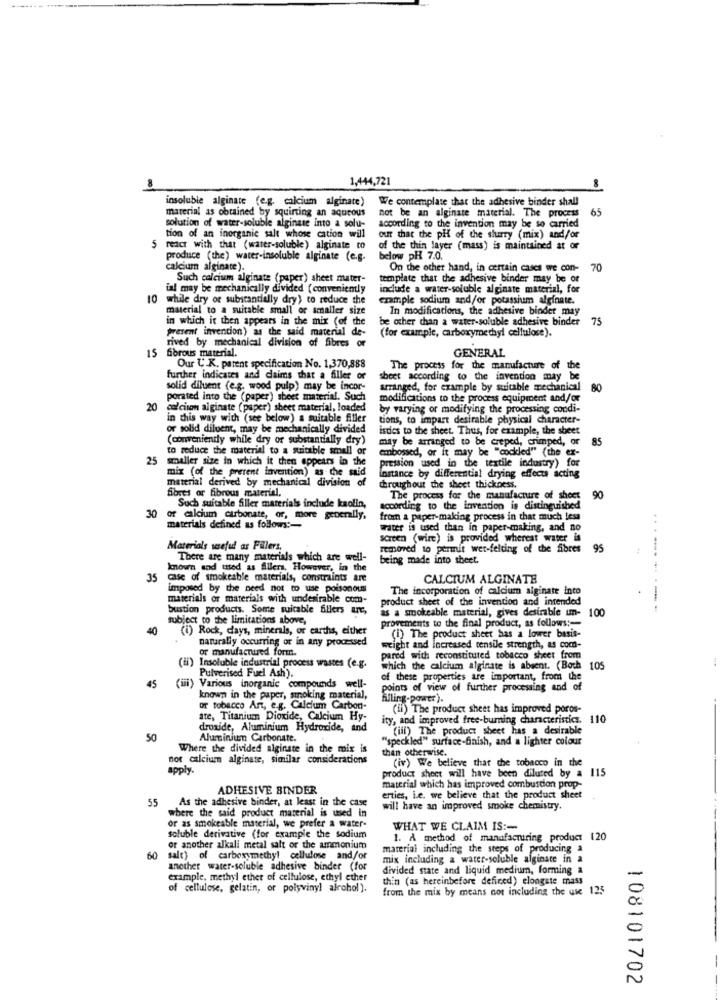
1,444,721
insoluble alginate (e.g. calcium alginate) We contemplate that the adhesive binder shall
material as obtained by squirting an aqueous
65
not be an alginate material. The process
solution of water-soluble alginate into a solu-
according to the invention may be so carried
tion of an inorganic salt whose cation will
our that the pH of the slurry (mix) and/or
5 react with that (water-soluble) alginate to
of the thin layer (mass) is maintained at or
produce (the) water-insoluble alginate (e.g.
below pH 7.0.
calcium alginate).
On the other hand, in certain cases we con-
70
Such calcium alginate (paper) sheet mater-
template that the adhesive binder may be of
ial may be mechanically divided (conveniently
include a water-soluble alginate material, for
10 while dry of substantially dry) to reduce the
example sodium and/or potassium alginate.
material to a suitable small or smaller size
In modifications, the adhesive binder may
in which it then appears in the mix (of the
be other than a water-soluble adhesive binder
75
present invention) as the said material de-
rived by mechanical division of fibres o
(for example, carboxymethyl cellulose).
15
fibrous material.
GENERAL
Our U.K. patent specification No. 1,370,888
The process for the manufacture of the
further indicates and claims that a filler or
sheet according to the invention may be
solid diluent (e.g. wood pulp) may be incor-
arranged, for example by suitable mechanical
80
porated into the (paper) sheet material. Such
modifications to the process equipment and/or
20 calcison alginate (paper) sheet material, loaded
by varying or modifying the processing condi-
in this way with (see below) a suitable filler
tions, to impart desirable physical character-
or solid diluent, may be mechanically divided
isdies to the sheet. Thus, for example, the sheet
(conveniently while dry or substantially dry)
may be arranged to be creped, crimped, or
85
to reduce the material to a suitable small or
embossed, or it may be "cockled" (the ex-
25 smaller size in which it then appears in the
pression used in the textile industry) for
mix (of the present invention) as the said
material derived by mechanical division of
Instance by differential drying effects acting
fibres or fibrous material.
throughout the sheet thickness.
The process for the manufacture of sheet
90
30
Such suitable Siller materials include kaolin,
according to the invention is distinguished
of calcium carbonate, or, more generally,
from a paper-making process in that much less
materials defined as follows :-
water is used than in paper-making, and no
screen (wire) is provided whereat water is
Materials wsefad as Füllers,
removed to permit wet-felting of the fibres
95
There are many materials which are well-
being made into sheet.
known and used as fillers, However, in th
35
case of smokeable materials, constraints are
CALCIUM ALGINATE
imposed by the need not to use poisonous
The incorporation of calcium alginate into
materials or materials with undesirable com-
product sheet of the invention and intended
bustion products. Some suicable fillers arc,
subject to the limitations above,
as a smokeable material, gives desirable um- 100
provements to the final product, as follows :-
40
(i) Rock, days, minerals, or carths, either
naturally occurring or in any processed
(I) The product sheet has a lower basis-
or manufactured form.
weight and increased tensile strength, as com-
pared with reconstituted tobacco sheet from
(ii) Insoluble industrial process wastes (e.g.
Pulverised Fuel Ash).
which the calcium alginate is absent. (Boch
105
45
of these properties are important, from the
(iii) Various inorganic compounds well-
points of view of further processing and of
known in the paper, smoking material,
Alling-power ).
or tobacco Art, e.g. Calcium Carbon-
(il) The product sheet has improved poros-
ate, Titanium Dioxide, Calcium Hy-
ity, and improved free-burning characteristics. 110
droxide, Aluminium Hydroxide, and
(il) The product sheet has a desirable
50
Aluminium Carbonate.
"speckled" surface-finish, and a lighter colour
Where the divided alginate in the mix is
than otherwise.
not calcium alginate, similar considerations
(iv) We believe that the tobacco in the
apply.
product sheet will have been diluted by a 115
ADHESIVE BINDER
material which has improved combustion prop-
55 As the adhesive binder, at least in the case
erties, Le. we believe that the product sheet
where the said product material is used in
will have an improved smoke chemistry.
or as smokeable material, we prefer a water-
WHAT WE CLAIM IS :-
soluble derivative (for example the sodium
1. A method of manufacturing product 120
or another alkali metal salt or the ammonium
material including the steps of producing a
60
salt) of carboxymethyl cellulose and/or
mix including a water-soluble alginate in a
another water-soluble adhesive binder (for
divided state and liquid medium, forming a
example, methyl ether of cellulose, ethyl ether
thin (as hereinbefore defined) elongate mass
of cellulose, gelatin, or polyvinyl alcohol ).
from the mix by means not including the use 125
-
108101702